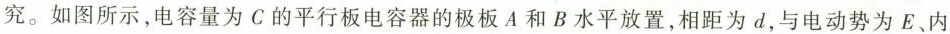
究。如图所示，电容量为C的平行板电容器的极板A和B水平放置，相距为d，与电动势为E、内